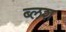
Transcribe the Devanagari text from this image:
ब्लश